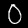
Digit: 0